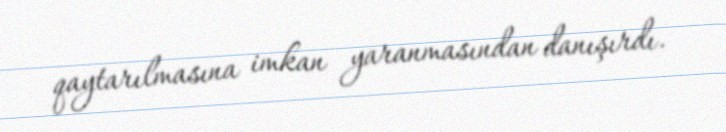
qaytarılmasına imkan yaranmasından danışırdı.